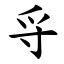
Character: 寽